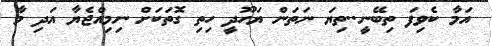
އަމާ ކެވިފަ ތިބޭނީ..ތިޔަ ނަތަން ޔަހޫދީ ހިތި ގޮތަކަށް ނިމިއްޖެޔާ އަދި މާ